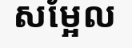
សម្អែល